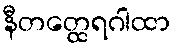
နီတတ္ထေရဂါထာ